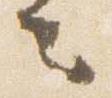
去